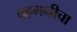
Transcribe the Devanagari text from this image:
बहमनीचा